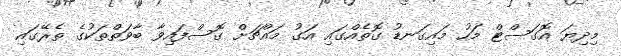
މިދިޔަ އޮގަސްޓް މަހު މައިގަނޑު ގޮތެއްގައި އަގު މައްޗަށް ގޮސްފައިވާ ބާވަތްތަކުގެ ތެރޭގައި